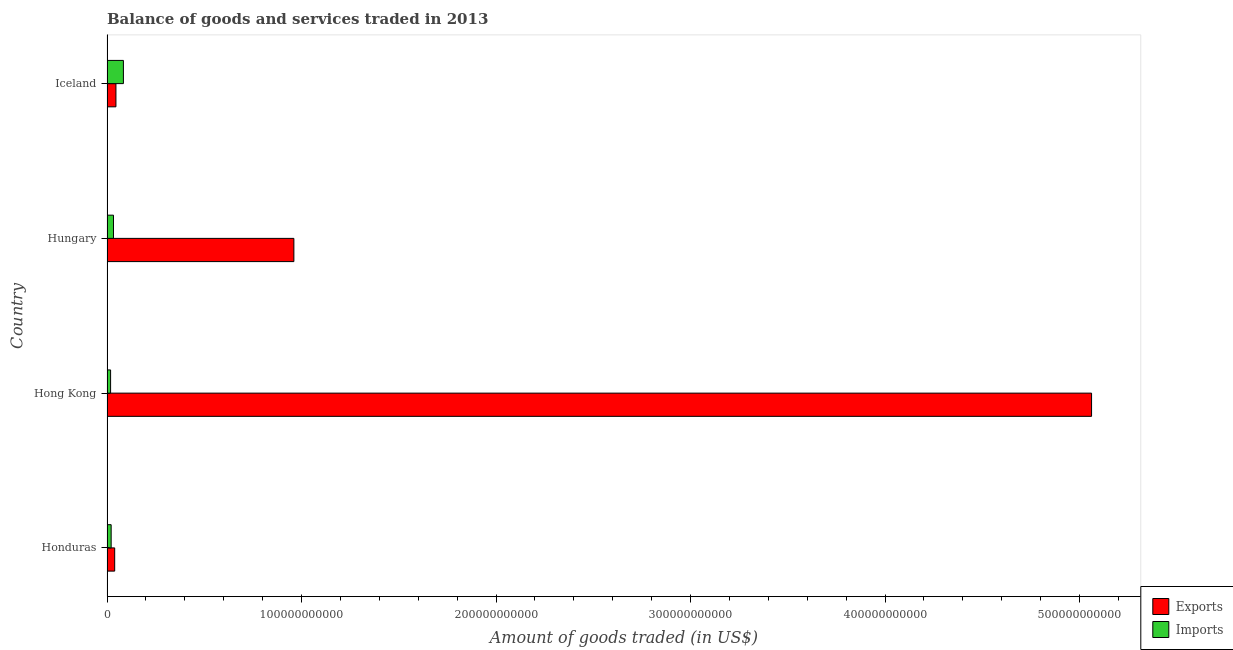
| Country | Exports | Imports |
 | --- | --- | --- |
 | Honduras | 3.95e+09 | 2.14e+09 |
 | Hong Kong | 5.06e+11 | 1.85e+09 |
 | Hungary | 9.61e+10 | 3.33e+09 |
 | Iceland | 4.59e+09 | 8.43e+09 |